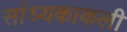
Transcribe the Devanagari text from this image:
सांध्यकाकली